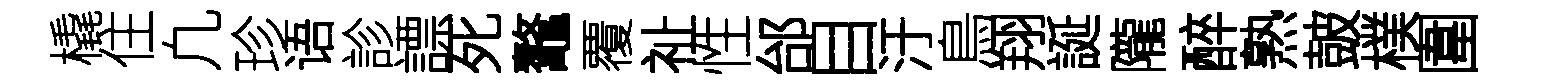
橇住凢珍语診謤死鼇覆祉性邰目汙鳥翔誕隴醉熟皷樸圍